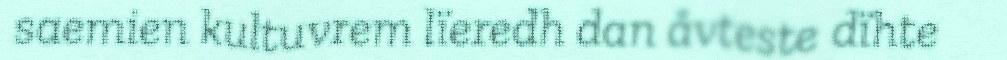
saemien kultuvrem lïeredh dan åvteste dïhte